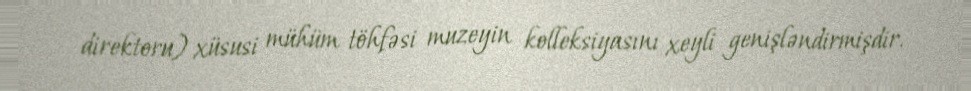
direktoru) xüsusi mühüm töhfəsi muzeyin kolleksiyasını xeyli genişləndirmişdir.